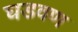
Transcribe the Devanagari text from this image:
घडवण